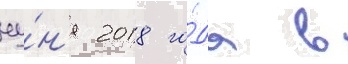
иу́н'я 2018 го́да в